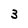
Character: 3